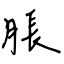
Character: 脹